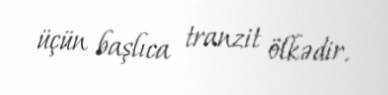
üçün başlıca tranzit ölkədir.